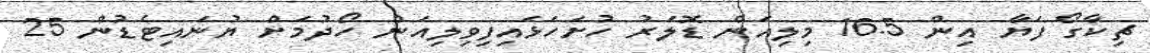
ޗިކާގޯ ފަޔާ އިން 16.5 މިލިއަން ޑޮލަރު ހުށަހަޅައިފިވިލިއަން ހޯދުމަށް ޔުނައިޓެޑުން 25